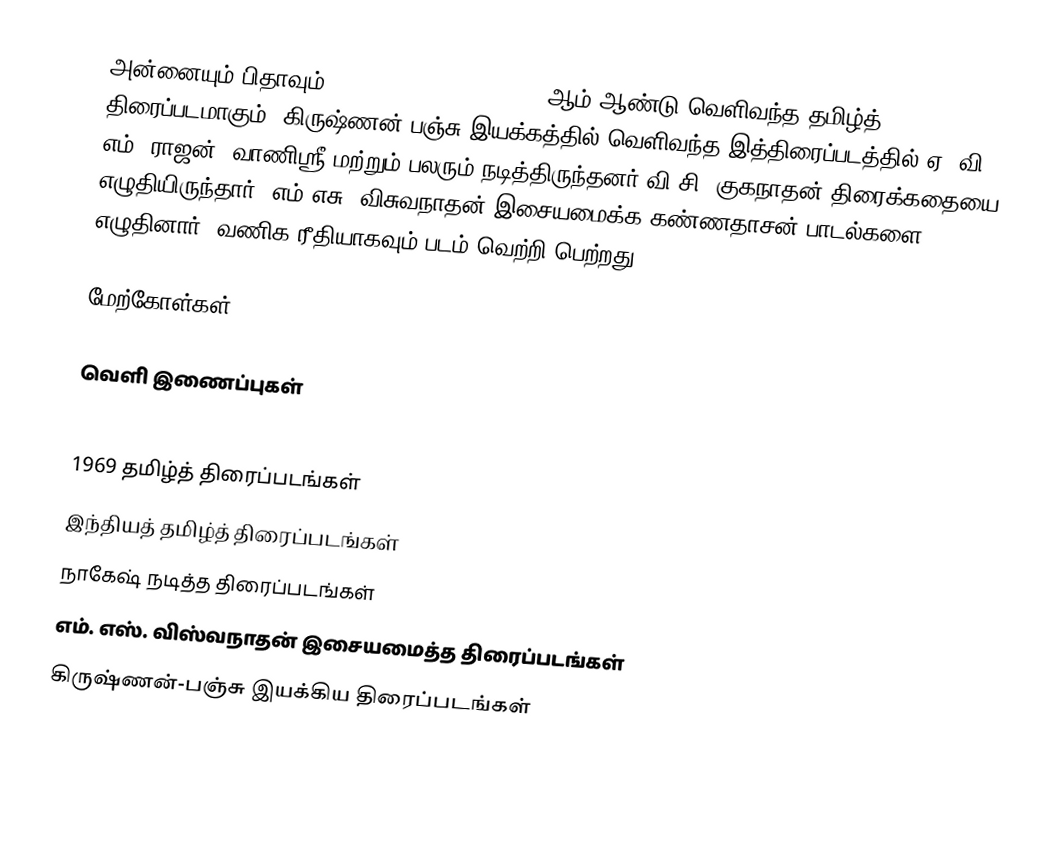
அன்னையும் பிதாவும் (Annaiyum Pithavum) 1969 ஆம் ஆண்டு வெளிவந்த தமிழ்த் திரைப்படமாகும். கிருஷ்ணன்-பஞ்சு இயக்கத்தில் வெளிவந்த இத்திரைப்படத்தில் ஏ. வி. எம். ராஜன், வாணிஸ்ரீ மற்றும் பலரும் நடித்திருந்தனர்.வி.சி. குகநாதன் திரைக்கதையை எழுதியிருந்தார்.  எம்.எசு. விசுவநாதன் இசையமைக்க கண்ணதாசன் பாடல்களை எழுதினார். வணிக ரீதியாகவும் படம் வெற்றி பெற்றது.

மேற்கோள்கள்

வெளி இணைப்புகள்

1969 தமிழ்த் திரைப்படங்கள்
இந்தியத் தமிழ்த் திரைப்படங்கள்
நாகேஷ் நடித்த திரைப்படங்கள்
எம். எஸ். விஸ்வநாதன் இசையமைத்த திரைப்படங்கள்
கிருஷ்ணன்-பஞ்சு இயக்கிய திரைப்படங்கள்